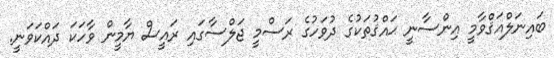
ބައިނަލްއަޤްވާމީ އިންސާނީ ޙައްޤުތަކުގެ ދުވަހުގެ ރަސްމީ ޖަލްސާގައި ރައީސް ޔާމީން ވާހަކަ ދައްކަވަނީ.